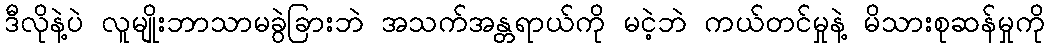
ဒီလိုနဲ့ပဲ လူမျိုးဘာသာမခွဲခြားဘဲ အသက်အန္တရာယ်ကို မငဲ့ဘဲ ကယ်တင်မှုနဲ့ မိသားစုဆန်မှုကို